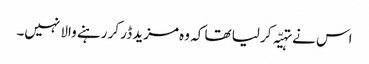
اس نے تہیّہ کر لیا تھا کہ وہ مزید ڈر کر رہنے والا نہیں۔